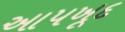
આપખૂદ